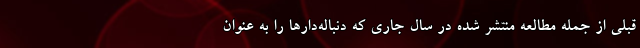
قبلی از جمله مطالعه منتشر شده در سال جاری که دنباله‌دارها را به عنوان